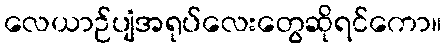
လေယာဉ်ပျံအရုပ်လေးတွေဆိုရင်ကော။